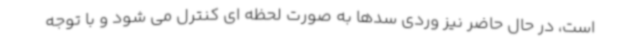
است، در حال حاضر نیز وردی سدها به صورت لحظه ای کنترل می شود و با توجه